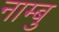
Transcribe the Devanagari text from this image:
नाम्बु